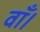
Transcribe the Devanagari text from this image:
वाँ।